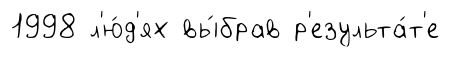
1998 л'ю́д'ях вы́брав р'езульта́т'е